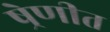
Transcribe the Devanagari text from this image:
ष्रेणीत